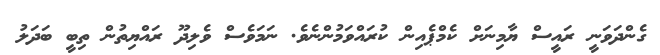
ގެންދަވަނީ ރައީސް ޔާމިނަށް ކެމްޕެއިން ކުރައްވަމުންނެވެ. ނަމަވެސް ވެލިދޫ ރައްޔިތުން ތިބީ ބަދަލު